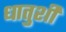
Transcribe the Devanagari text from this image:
धातुशी